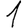
Digit: 1